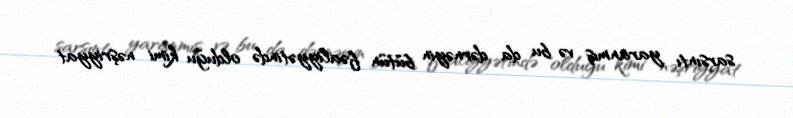
sarsıntı yaranmış və bu da dərnəyin bütün fəaliyyətində olduğu kimi nəşriyyat